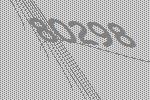
80298